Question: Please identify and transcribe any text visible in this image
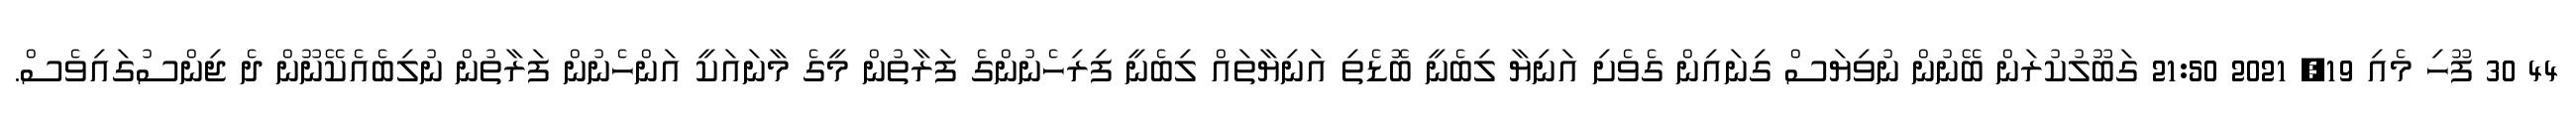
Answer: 44 30 ފޫހި މެއި 19, 2021 21:50 ގަބޫލުކުރަން ބޭނުން ނުވިޔަސް ގިނައިން ގެވެށި އަނިޔާ ލިބެނީ ބޮޑެތި އަނިޔާތައް ލިބެނީ ފިރިހެނުންގެ ފަރާތުން މީގެ މާނައަކީ އަންހެނުން ފަރާތުން ނުލިބެއެކޭނޫން ދެ ޖިންސުގައިވެސް.